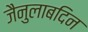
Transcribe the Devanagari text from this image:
जैनुलाबदिन